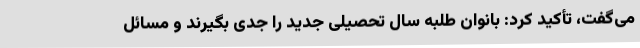
می‌گفت، تأکید کرد: بانوان طلبه سال تحصیلی جدید را جدی بگیرند و مسائل